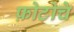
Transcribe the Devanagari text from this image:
फ़ोटोचे